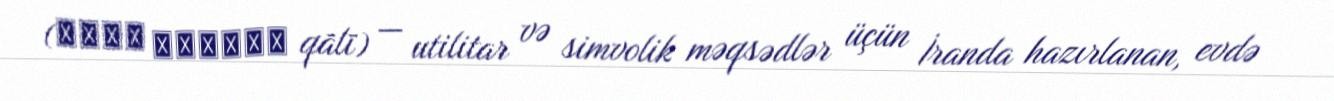
(قالی ايرانى qālī) — utilitar və simvolik məqsədlər üçün İranda hazırlanan, evdə